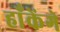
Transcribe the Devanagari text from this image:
हाँकेंगे